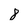
Character: 8